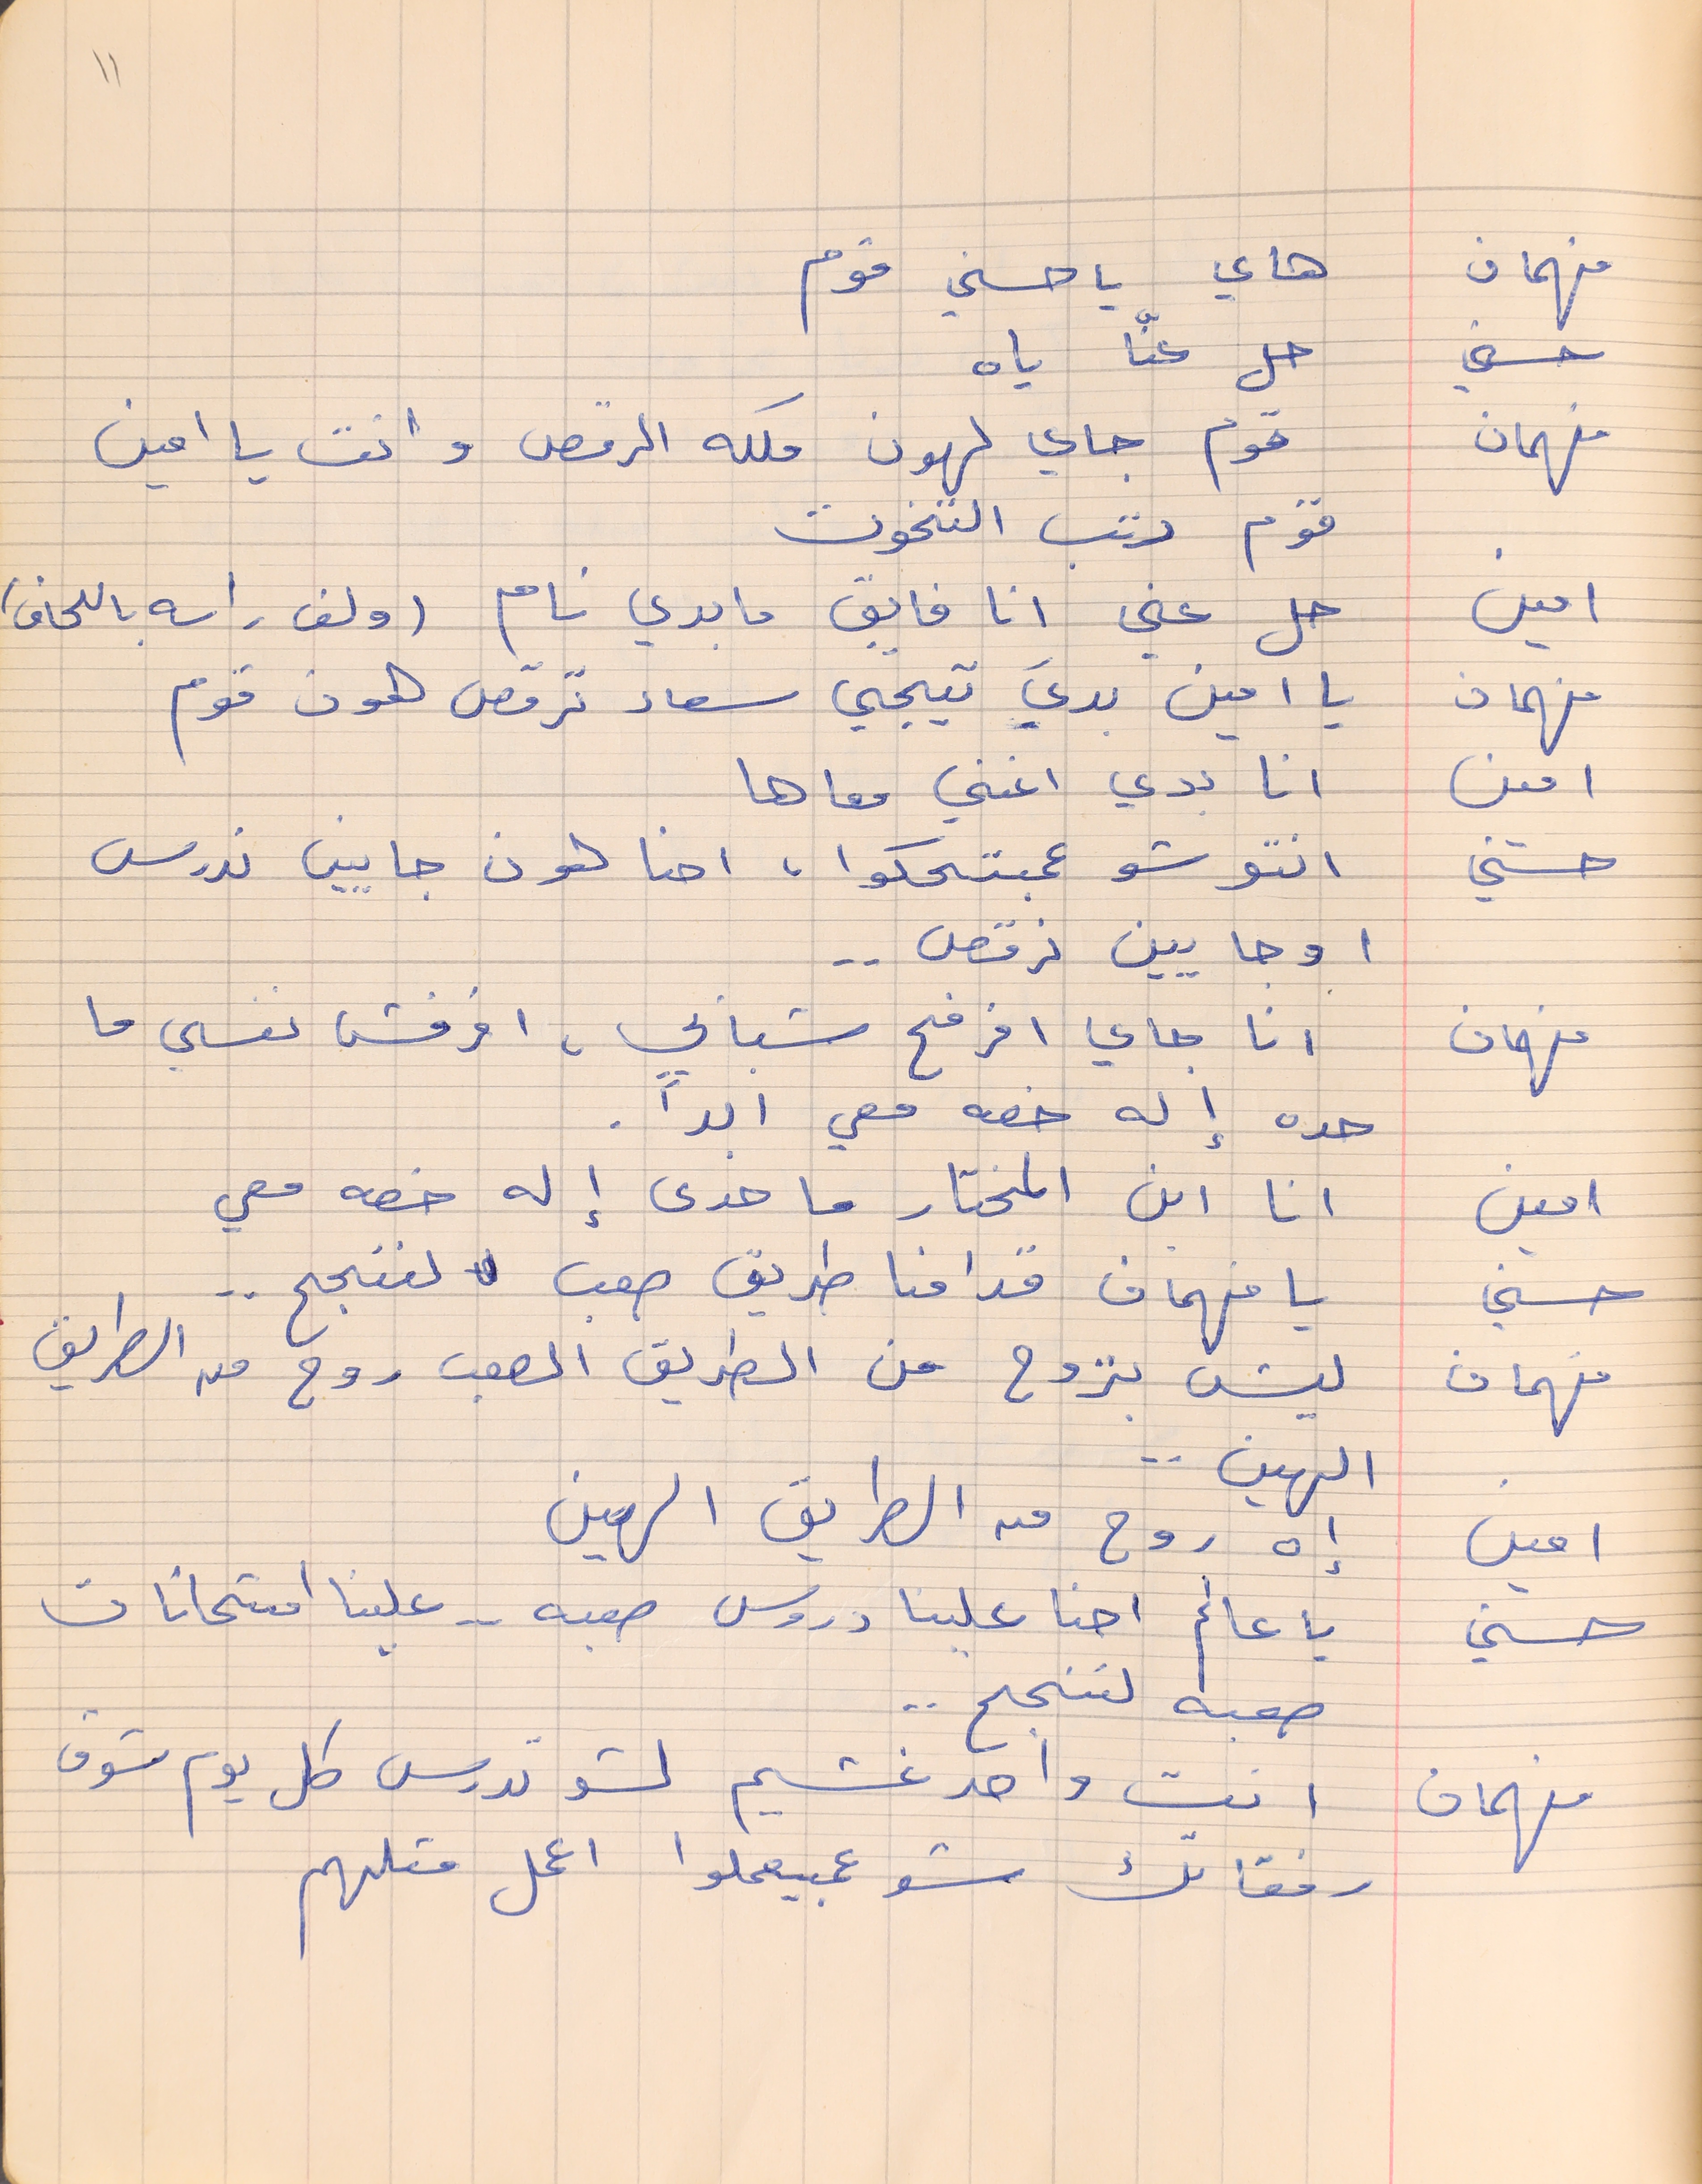
فهمان     هاي يا حسني قوم
حسني     حل عنّا ياه
فهمان     قوم جاي لهون ملكه الرقص وانت يا امين
امين     حل عني انا فايق ما بدي نام (ولف راسه باللحاف)
فهمان    يا امين بديَ تيجي سعاد ترقص هون قوم
امين       انا بدي اغني معاها
حسني     انتو شو عمبتحكوا ، احنا هون جايين ندرس
او جايين نرقص  . .
فهمان     انا جاي افرفح شبابي، افرفش نفسي ما
حده إله خصه معي ابداً .
امين      انا ابن المختار ما حدى إله خصه معي
حسني     يا فهمان قدامنا طريق صعب  لننجح . .
فهمان    ليش بتروح من الطريق الصعب روح من الطريق
الهين . .
امين      إه روح من الطريق الهين
حسني      يا عالم احنا علينا درويس صعبه . . علينا امتحانات
صعبه لننجح . .
فهمان    انت واحد غشيم لشو تدرس كل يوم شوف
رفقاتك شو عمبيعملوا اعمل متلهم
11
قوم رتب التخوت